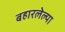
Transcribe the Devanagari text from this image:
बहारलेल्या